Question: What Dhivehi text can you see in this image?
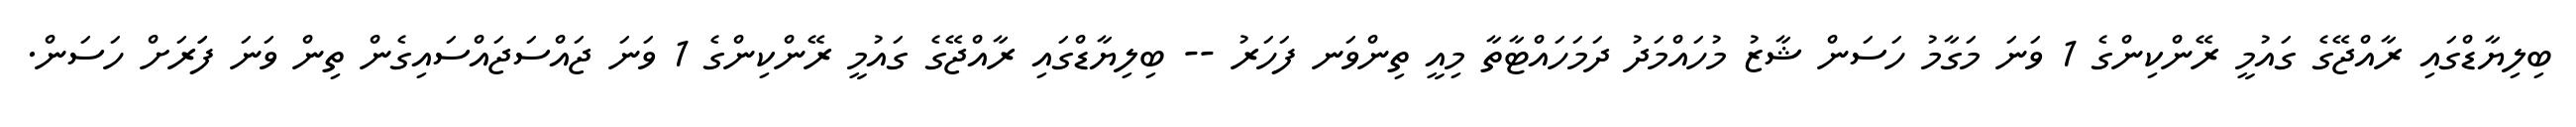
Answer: ބިލިޔާޑްގައި ރާއްޖޭގެ ގައުމީ ރޭންކިންގެ 1 ވަނަ މަގާމު ހަސަން ޝާޒު މުހައްމަދު ދަމަހައްޓާތާ މިއީ ތިންވަނ ފަހަރު -- ބިލިޔާޑްގައި ރާއްޖޭގެ ގައުމީ ރޭންކިންގެ 1 ވަނަ ޖައްސަޖައްސައިގެން ތިން ވަނަ ފަަރަށް ހަސަން.